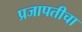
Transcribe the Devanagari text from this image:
प्रजापतीचा